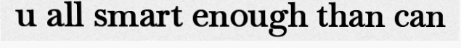
u all smart enough than can